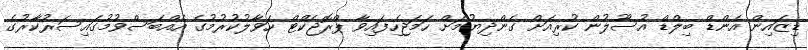
ޑިޒައިން އެންޑް ބިލްޑް އުސޫލުން ކުރިއަށް ގެންދިޔުމަށް ހަމަޖެހިފައިވާ ޕްރޮޖެކްޓް ހަވާލުކުރުމުގެ އެއްބަސްވުމުގައިސަރުކާރުގެ